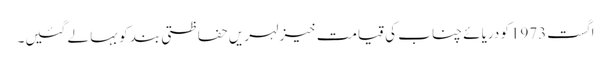
اگست1973کو دریائے چناب کی قیامت خیز لہریں حفاظتی بند کو بہا لے گئیں۔